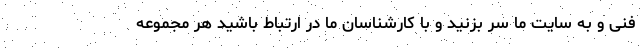
فنی و به سایت ما سر بزنید و با کارشناسان ما در ارتباط باشید هر مجموعه